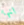
انها